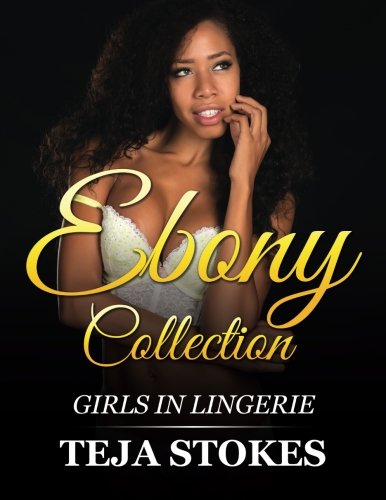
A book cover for Ebony Collection: Girls inLingerie (Lingerie Models); Teja Stokes; Comics & Graphic Novels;